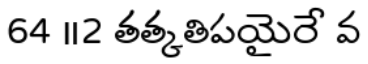
64 ॥2 తత్కతిపయైరే వ